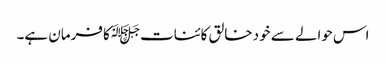
اس حوالے سے خود خالق کائنات ﷻکا فرمان ہے۔